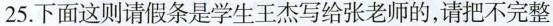
25.下面这则请假条是学生王杰写给张老师的，请把不完整